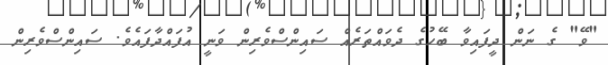
"ވޭ" ގެ ނަން ދީފައިވާ ބޭހުގެ ދެވައްތަރެއް ސައިންސްވެރިން ވަނީ އުފައްދާފައެވެ. ސައިންސްވެރިން